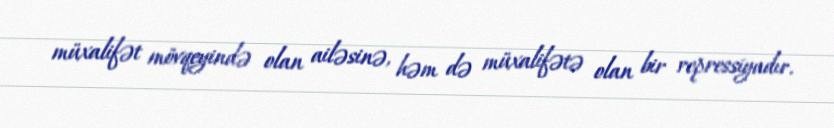
müxalifət mövqeyində olan ailəsinə, həm də müxalifətə olan bir repressiyadır.